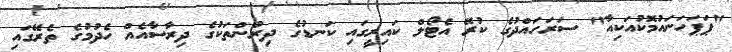
"ޕަޕަހަނައުމޮކުއަކިއާ" ސަރަހައްދުގެ ކުރޭ އެޓޯލް ކައިރީގައި ކަނޑުގެ ދިރުންތަކުގެ ދިރާސާއެއް ހެދުމުގެ ތެރޭގައި